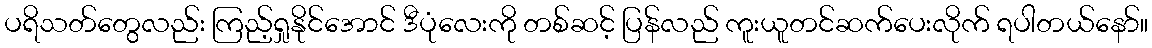
ပရိသတ်တွေလည်း ကြည့်ရှုနိုင်အောင် ဒီပုံလေးကို တစ်ဆင့် ပြန်လည် ကူးယူတင်ဆက်ပေးလိုက် ရပါတယ်နော်။